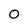
Character: 0